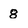
Character: 8